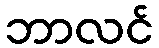
ဘာလင်